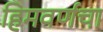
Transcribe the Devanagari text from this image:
हिमवर्णचा